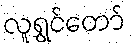
လူရွှင်တော်